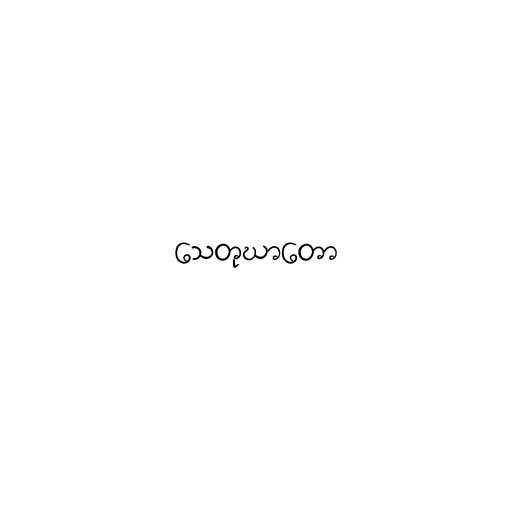
သေတုဃာတော